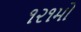
૧૨૧મો